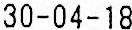
30-04-18